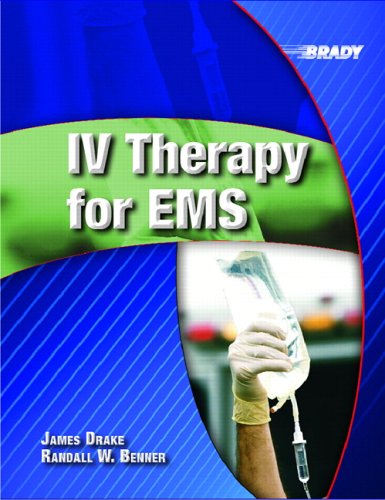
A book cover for IV Therapy for EMS; James W. Drake; Medical Books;